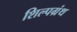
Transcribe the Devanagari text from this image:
शिल्पग्रंथ